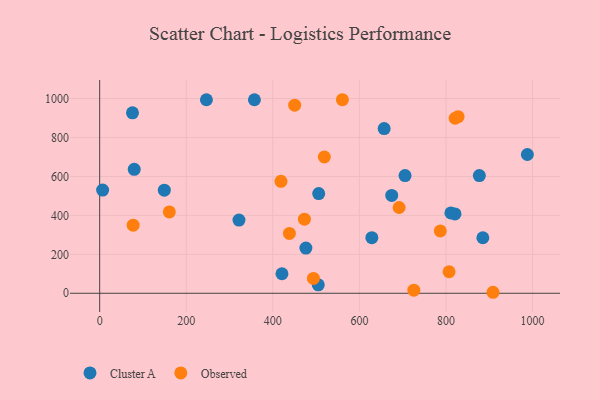
{"axis": {"x": "Ad Spend", "y": "Sales"}, "legend": ["Cluster A", "Observed"], "data": [{"x": "877.1", "y": 604.5, "type": "Cluster A"}, {"x": "246.6", "y": 993.7, "type": "Cluster A"}, {"x": "674.7", "y": 502.4, "type": "Cluster A"}, {"x": "657.2", "y": 845.5, "type": "Cluster A"}, {"x": "988.1", "y": 712.7, "type": "Cluster A"}, {"x": "476.4", "y": 232.1, "type": "Cluster A"}, {"x": "820.9", "y": 407.2, "type": "Cluster A"}, {"x": "505.0", "y": 43.5, "type": "Cluster A"}, {"x": "506.0", "y": 511.9, "type": "Cluster A"}, {"x": "811.4", "y": 412.5, "type": "Cluster A"}, {"x": "79.8", "y": 636.4, "type": "Cluster A"}, {"x": "628.8", "y": 285.5, "type": "Cluster A"}, {"x": "705.5", "y": 604.4, "type": "Cluster A"}, {"x": "149.3", "y": 529.3, "type": "Cluster A"}, {"x": "421.1", "y": 100.2, "type": "Cluster A"}, {"x": "75.8", "y": 926.8, "type": "Cluster A"}, {"x": "885.2", "y": 285.0, "type": "Cluster A"}, {"x": "6.8", "y": 529.7, "type": "Cluster A"}, {"x": "357.5", "y": 993.8, "type": "Cluster A"}, {"x": "321.8", "y": 376.0, "type": "Cluster A"}, {"x": "807.2", "y": 110.4, "type": "Observed"}, {"x": "691.8", "y": 440.4, "type": "Observed"}, {"x": "450.5", "y": 966.0, "type": "Observed"}, {"x": "160.9", "y": 417.8, "type": "Observed"}, {"x": "438.3", "y": 307.2, "type": "Observed"}, {"x": "519.0", "y": 699.9, "type": "Observed"}, {"x": "786.9", "y": 320.4, "type": "Observed"}, {"x": "473.0", "y": 380.5, "type": "Observed"}, {"x": "828.0", "y": 907.0, "type": "Observed"}, {"x": "77.3", "y": 349.7, "type": "Observed"}, {"x": "821.2", "y": 898.7, "type": "Observed"}, {"x": "725.8", "y": 16.1, "type": "Observed"}, {"x": "418.8", "y": 574.9, "type": "Observed"}, {"x": "560.7", "y": 993.9, "type": "Observed"}, {"x": "908.7", "y": 5.1, "type": "Observed"}, {"x": "493.8", "y": 76.0, "type": "Observed"}]}